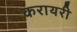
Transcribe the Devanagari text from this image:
करायरी